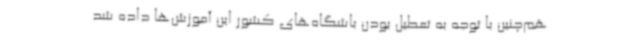
هم‌چنین با توجه به تعطیل بودن باشگاه‌های کشور این آموزش‌ها داده شد